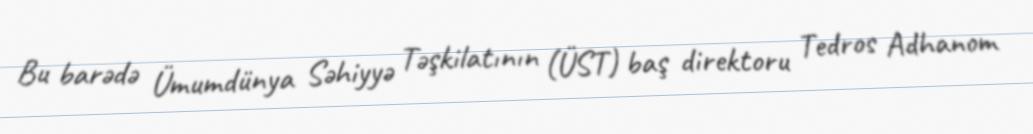
Bu barədə Ümumdünya Səhiyyə Təşkilatının (ÜST) baş direktoru Tedros Adhanom